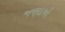
જણાએ